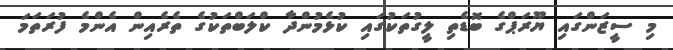
މި ސީޒަންގައި ޔޫރަޕްގެ ބޮޑެތި ލީގުތަކުގައި ކުޅެމުންދާ ކްލަބްތަކުގެ ތެރެއިން އެންމެ ފުރަތަމަ